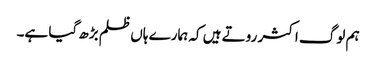
ہم لوگ اکثر روتے ہیں کہ ہمارے ہاں ظلم بڑھ گیا ہے۔